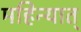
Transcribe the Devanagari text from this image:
महिन्यात्